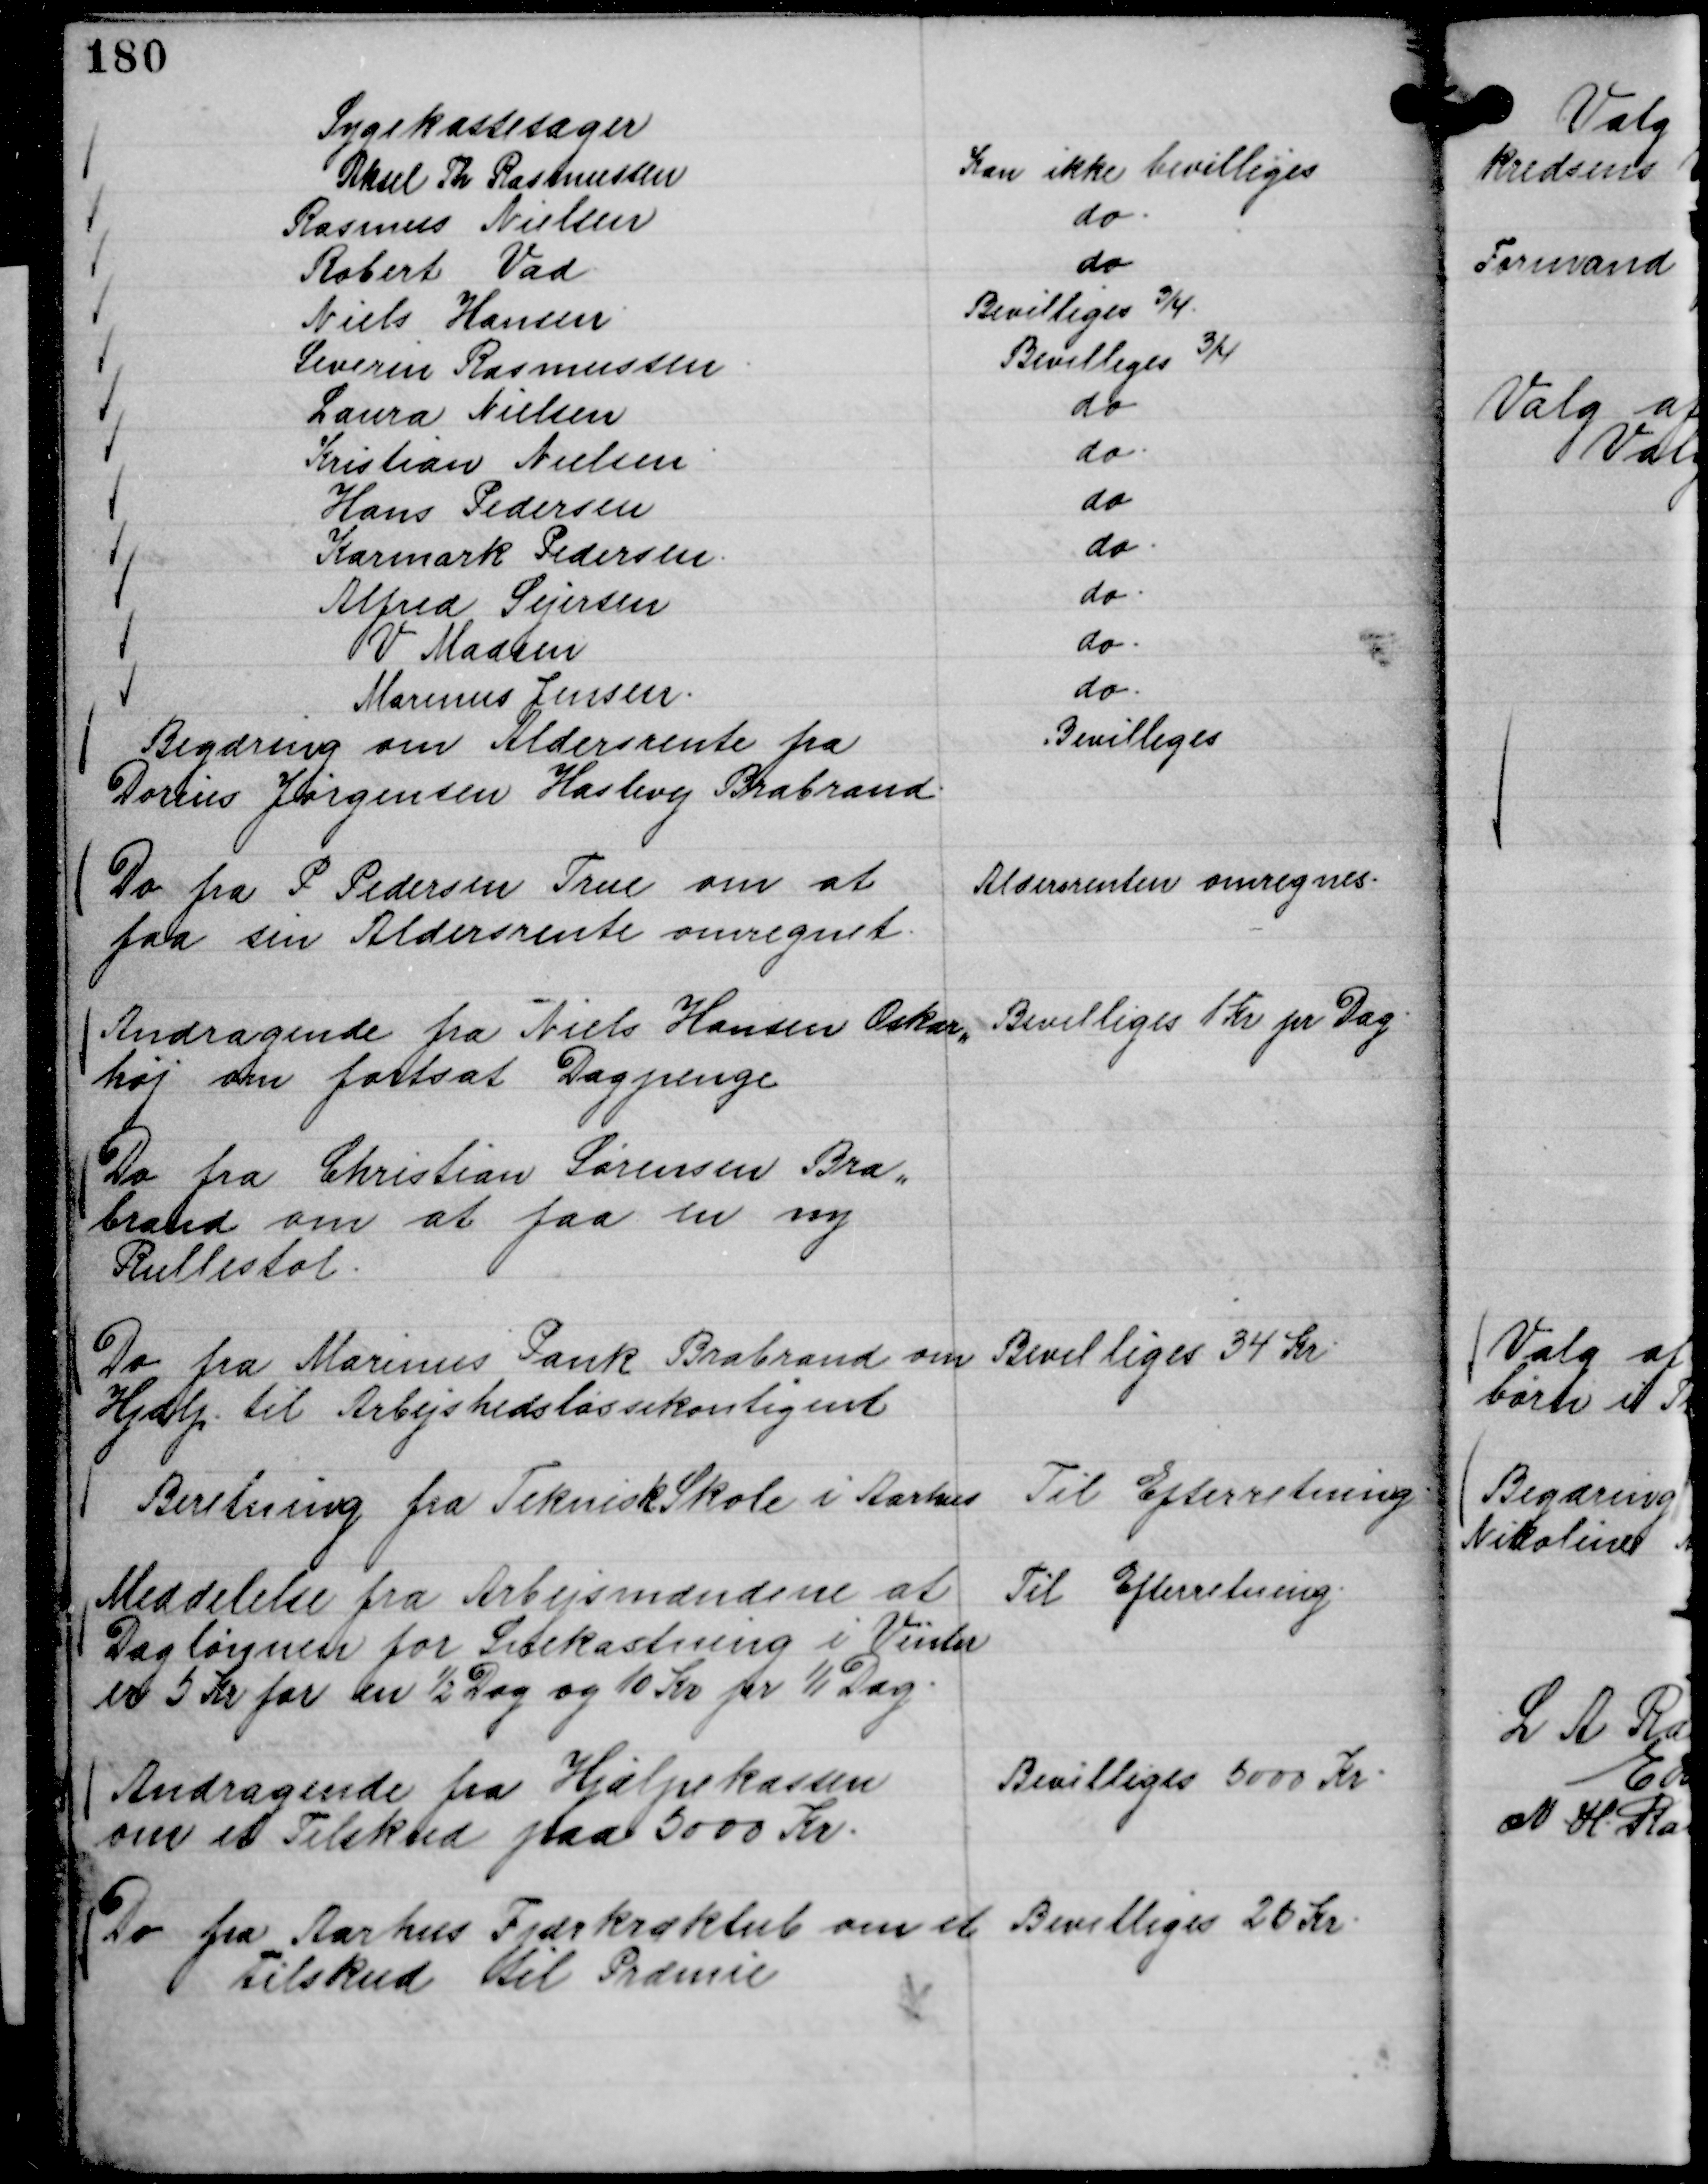
Transskription:
Sygekassesager
Aksel Th Rasmussen
Kan ikke bevilliges
Rasmus Nielsen
do.
Robert Vad
do
Niels Hansen
Bevilliges ¾.
Severin Rasmussen.
Bevilliges ¾
Laura Nielsen
do
Kristian Nielsen
do.
Hans Pedersen
do
Karmark Pedersen.
do.
Alfred Sejersen
do.
V Madsen
do.
Marinus Jensen.
do.

Begæring om Aldersrente fra
Dorius Jørgensen Haslevej Brabrand.

Bevilliges

Do fra P Pedersen True om at
faa sin Aldersrente omregnet.

Aldersrente omregnes.

Andragende fra Niels Hansen Oskar,,
høj om fortsat Dagpenge

Bevilliges 1 Kr pr Dag.

Do fra Christian Sørensen Bra,,
brand om at faa en ny
Rullestol.

Do fra Marinus Pank Brabrand om
Hjælp til Arbejshedsløssekontigent

Bevilliges 34 Kr.

Beretning fra Teknisk Skole i Aarhus

Til Efterretning.

Meddelelse fra Arbejsmændene at
Daglønnen for Snekastning i Vinter
er 5 Kr for en ½ Dag og 10 Kr pr 1/1 Dag.

Til Efterretning.

Andragende fra Hjælpekassen
om et Tilskud paa 5000 Kr.

Bevilliges 5000 Kr.

Do fra Aarhus Fjærkræklub om et
Tilskud til Præmie

Bevilliges 26 Kr.